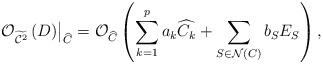
LaTeX: \begin{align*}\left. \mathcal{O}_{\widetilde{\mathcal{C}^{2}}}\left( D\right) \right\vert_{\widehat{C}}=\mathcal{O}_{\widehat{C}}\left( \sum_{k=1}^{p}a_{k}\widehat{C_{k}}+\sum_{S \in \mathcal{N}(C)}b_{S}E_{S}\right), \end{align*}